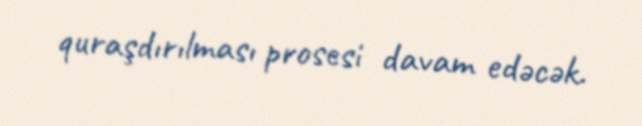
quraşdırılması prosesi davam edəcək.